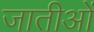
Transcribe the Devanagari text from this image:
जातीओं